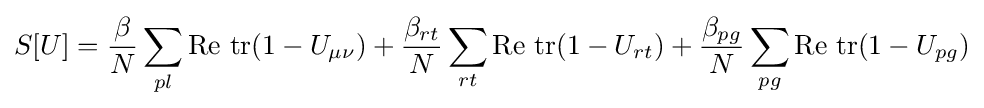
S[U]={\frac {\beta }{N}}\sum _{pl}{\text{Re}}\ {\text{tr}}(1-U_{\mu \nu })+{\frac {\beta _{rt}}{N}}\sum _{rt}{\text{Re}}\ {\text{tr}}(1-U_{rt})+{\frac {\beta _{pg}}{N}}\sum _{pg}{\text{Re}}\ {\text{tr}}(1-U_{pg})